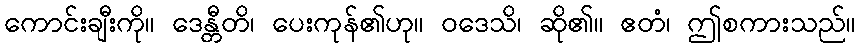
ကောင်းချီးကို။ ဒေန္တီတိ၊ ပေးကုန်၏ဟု။ ဝဒေသိ၊ ဆို၏။ ဧတံ၊ ဤစကားသည်။